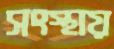
সংস্থায়